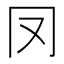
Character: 𠕀